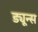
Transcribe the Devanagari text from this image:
ड्यून्स